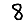
Digit: 8